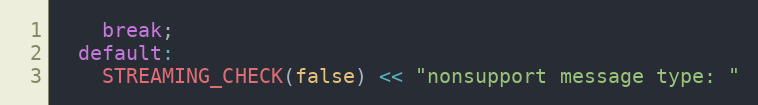
Language: C++
    break;
  default:
    STREAMING_CHECK(false) << "nonsupport message type: "